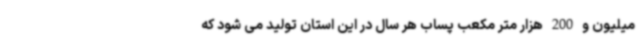
میلیون و 200 هزار متر مکعب پساب هر سال در این استان تولید می شود که